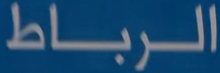
الرباط